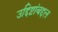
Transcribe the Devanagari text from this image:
उद्दिष्टांबद्दल